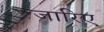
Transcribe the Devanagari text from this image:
जारिए